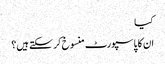
کیا
ان کا پاسپورٹ منسوخ کر سکتے ہیں؟